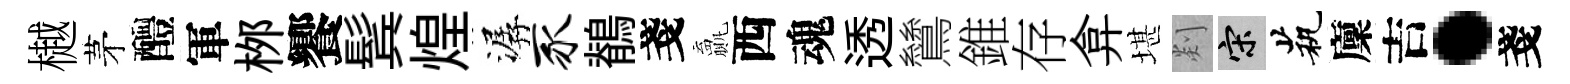
樾茅醴軍桞饗鬂煌潺豕鶺戔贏西魂透鷥錐存弇堪剡宋茕廩吉·戔